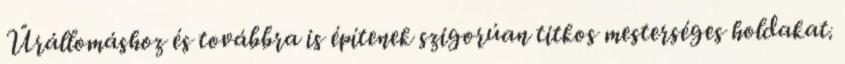
Űrállomáshoz és továbbra is építenek szigorúan titkos mesterséges holdakat.